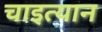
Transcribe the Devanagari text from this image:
चाइत्यान